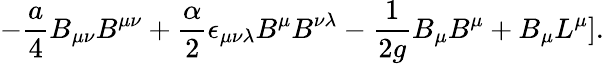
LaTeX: -{\frac{a}{4}}B_{\mu\nu}B^{\mu\nu}+{\frac{\alpha}{2}}\epsilon_{\mu\nu\lambda}B^{\mu}B^{\nu\lambda}-{\frac{1}{2g}}B_{\mu}B^{\mu}+B_{\mu}L^{\mu}].